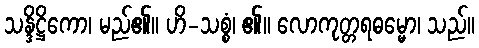
သန္ဒိဋ္ဌိကော၊ မည်၏။ ဟိ-သစ္စံ၊ ၏။ လောကုတ္တရဓမ္မော၊ သည်။